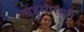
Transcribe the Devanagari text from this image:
चेंडूसारखी